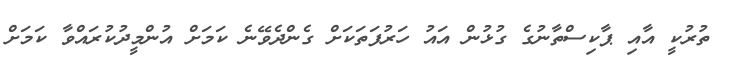
ތުރުކީ އާއި ޕާކިސްތާނުގެ ގުޅުން އައު ހަރުފަތަކަށް ގެންދެވޭނެ ކަމަށް އުންމީދުކުރައްވާ ކަމަށް